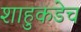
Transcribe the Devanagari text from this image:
शाहुकडेच